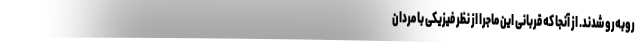
روبه‌رو شدند. از آنجا که قربانی این ماجرا از نظر فیزیکی با مردان